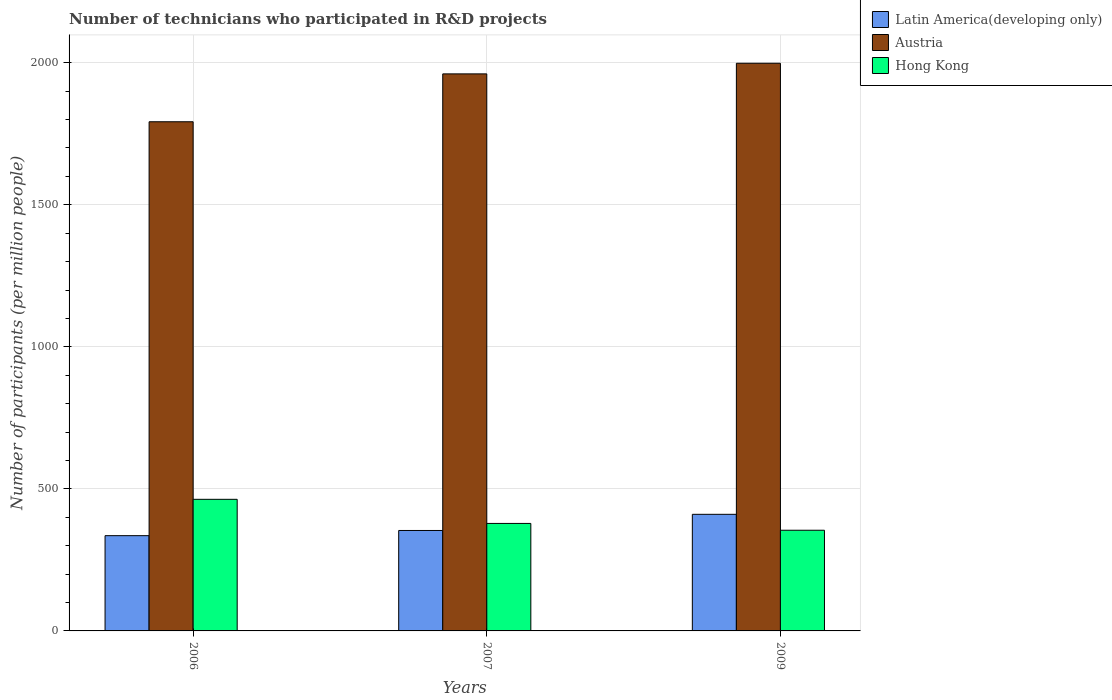
| Years | Latin America(developing only) | Austria | Hong Kong |
 | --- | --- | --- | --- |
 | 2006 | 335 | 1.79e+03 | 463 |
 | 2007 | 354 | 1.96e+03 | 378 |
 | 2009 | 410 | 2e+03 | 354 |